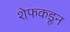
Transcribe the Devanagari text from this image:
शेफकडून